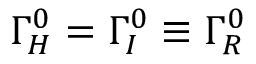
\Gamma _ { H } ^ { 0 } = \Gamma _ { I } ^ { 0 } \equiv \Gamma _ { R } ^ { 0 }